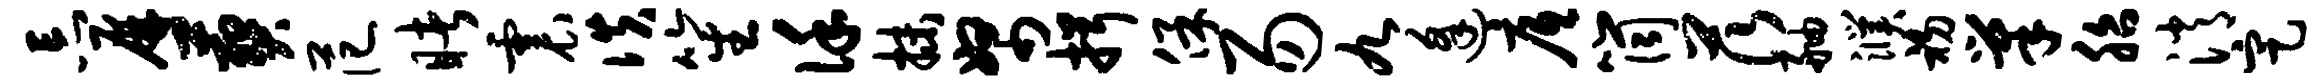
忘屏葬范睹震佚笙谨抹帑揖保易九逢底筒茨舳濮初巢胎消定